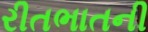
રીતભાતની